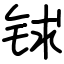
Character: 𨱇